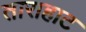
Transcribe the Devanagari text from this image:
ताराहाट